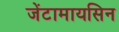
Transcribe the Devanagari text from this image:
जेंटामायसिन